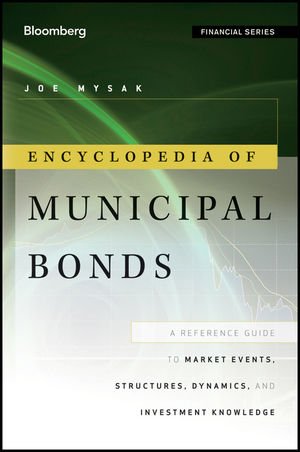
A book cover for Encyclopedia of Municipal Bonds: A Reference Guide to Market Events, Structures, Dynamics, and Investment Knowledge; Joe Mysak; Business & Money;